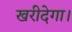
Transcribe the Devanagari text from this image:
खरीदेगा।